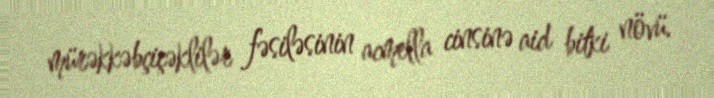
mürəkkəbçiçəklilər fəsiləsinin acmella cinsinə aid bitki növü.